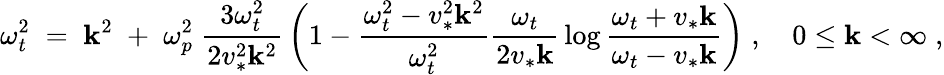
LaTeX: {\omega_{t}^{2}\; =\; \mathbf{k}^{2}\; +\; \omega_{p}^{2}\; {\frac{{3\omega_{t}^{2}}}{{2v_{*}^{2}\mathbf{k}^{2}}}}\left(1-{\frac{{\omega_{t}^{2}-v_{*}^{2}\mathbf{k}^{2}}}{{\omega_{t}^{2}}}}{\frac{{\omega_{t}}}{{2v_{*}\mathbf{k}}}}\log{\frac{{\omega_{t}+v_{*}\mathbf{k}}}{{\omega_{t}-v_{*}\mathbf{k}}}}\right)\; ,\quad0\leq\mathbf{k}<\infty\; ,}